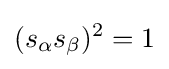
(s_{\alpha }s_{\beta })^{2}=1